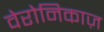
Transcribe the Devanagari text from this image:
वेरोनिकाज़